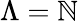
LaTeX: \Lambda=\mathbb{N}